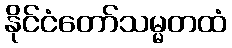
နိုင်ငံတော်သမ္မတထံ